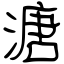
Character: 溏